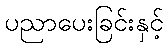
ပညာပေးခြင်းနှင့်